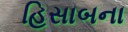
હિસાબના